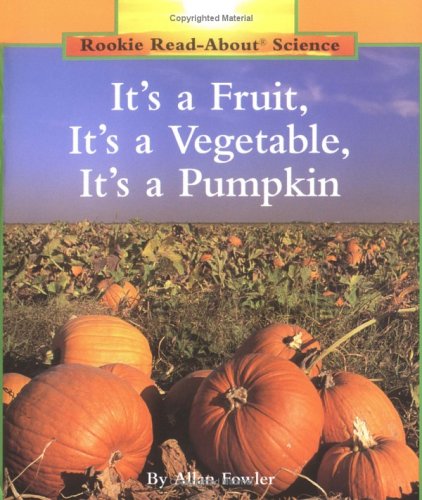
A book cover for It's a Fruit, It's a Vegetable, It's a Pumpkin (Rookie Read-About Science); Allan Fowler; Children's Books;